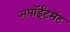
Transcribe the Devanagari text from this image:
अपॉईंटमेंट